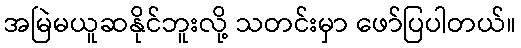
အမြဲမယူဆနိုင်ဘူးလို့ သတင်းမှာ ဖော်ပြပါတယ်။